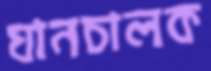
যানচালক